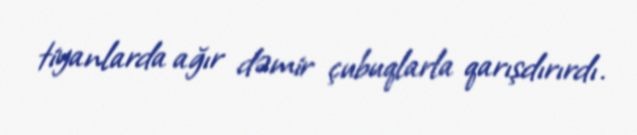
tiyanlarda ağır dəmir çubuqlarla qarışdırırdı.